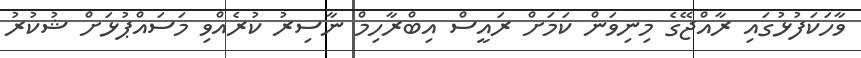
ވާހަކަފުޅުގައި ރާއްޖޭގެ މިނިވަން ކަމަށް ރައީސް އިބްރާހިމް ނާސިރު ކުރެއްވި މަސައްޕުޅަށް ޝުކުރު